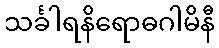
သင်္ခါရနိရောဓဂါမိနီ